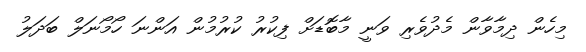
މިހެން ދިމާވާން މެދުވެރި ވަނީ މާބޮޑަށް ފިކުރު ކުރުމުން އަންނަ ހޯމޯނަލް ބަދަލު